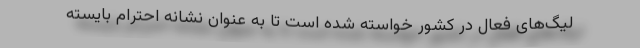
لیگ‌های فعال در کشور خواسته شده است تا به عنوان نشانه احترام بایسته